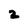
Character: 2